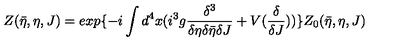
Z ( \bar { \eta } , \eta , J ) = e x p \{ - i \int d ^ { 4 } x ( i ^ { 3 } g \frac { \delta ^ { 3 } } { \delta \eta \delta \bar { \eta } \delta J } + V ( \frac { \delta } { \delta J } ) ) \} Z _ { 0 } ( \bar { \eta } , \eta , J )